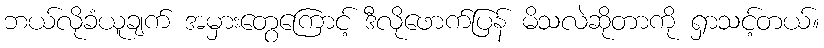
ဘယ်လိုခံယူချက် အမှားတွေကြောင့် ဒီလိုဖောက်ပြန် မိသလဲဆိုတာကို ရှာသင့်တယ်။